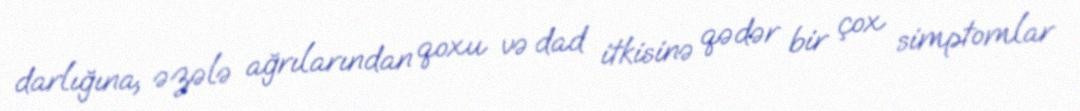
darlığına, əzələ ağrılarından qoxu və dad itkisinə qədər bir çox simptomlar